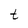
Character: t